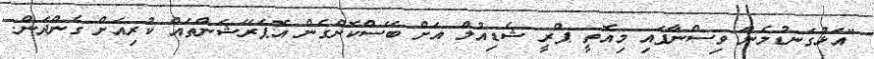
"އަޅުގަނޑުމެން ވިސްނާފައި މިއޮތީ ޕްރީ ޝެޑިއުލް އަށް ބޭސްކޮށްގެން އޮޕަރޭޝަންތައް ކުރިއަށް ގެންދަން.